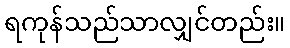
ရကုန်သည်သာလျှင်တည်း။